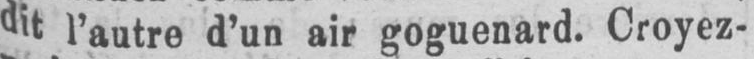
dit l’autre d’un air goguenard. Croyez-